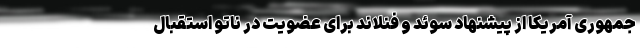
جمهوری آمریکا از پیشنهاد سوئد و فنلاند برای عضویت در ناتو استقبال